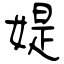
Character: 媞